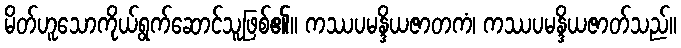
မိတ်ဟူသောကိုယ်ရွက်ဆောင်သူဖြစ်၏။ ကဿပမန္ဒိယဇာတကံ၊ ကဿပမန္ဒိယဇာတ်သည်။